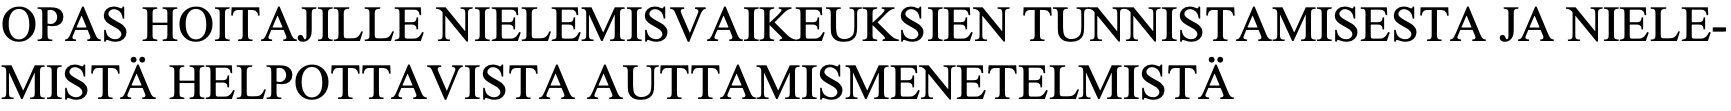
OPAS HOITAJILLE NIELEMISVAIKEUKSIEN TUNNISTAMISESTA JA NIELE- MISTÄ HELPOTTAVISTA AUTTAMISMENETELMISTÄ